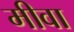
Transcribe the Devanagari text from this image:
मीवा